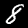
Label: 8